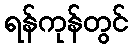
ရန်ကုန်တွင်